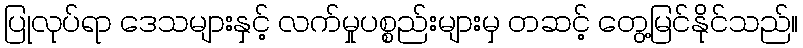
ပြုလုပ်ရာ ဒေသများနှင့် လက်မှုပစ္စည်းများမှ တဆင့် တွေ့မြင်နိုင်သည်။